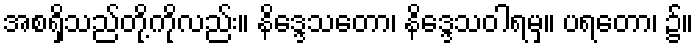
အစရှိသည်တို့ကိုလည်း။ နိဒ္ဒေသတော၊ နိဒ္ဒေသဝါရမှ။ ပရတော၊ ၌။